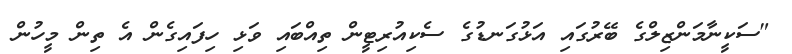
"ސަކީނާމަންޒިލްގެ ބޭރުގައި އަޅުގަނޑުގެ ސެކިއުރިޓީން ތިއްބައި ވަޅި ހިފައިގެން އެ ތިން މީހުން